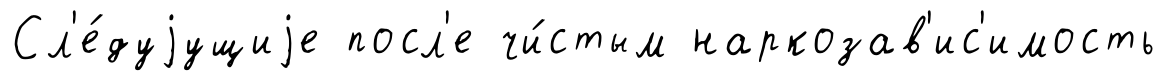
Сл'е́дуjущиjе посл'е чи́стым наркозав'ис'имость